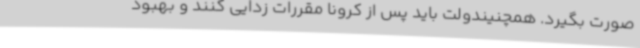
صورت بگیرد. همچنیندولت باید پس از کرونا مقررات زدایی کنند و بهبود